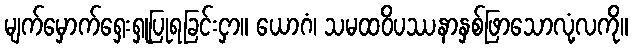
မျက်မှောက်ရှေးရှုပြုရခြင်းငှာ။ ယောဂံ၊ သမထဝိပဿနာနှစ်ဖြာသောလုံ့လကို။